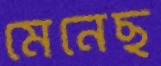
মেনেছ